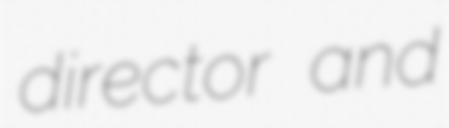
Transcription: director and